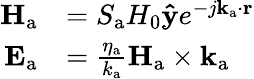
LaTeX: \begin{array}{rl}{\mathbf{H}_{\mathrm{a}}}&{=S_{\mathrm{a}}H_{0}\mathbf{\hat{y}}e^{-j\mathbf{k}_{\mathrm{a}}\cdot\mathbf{r}}}\\ {\mathbf{E}_{\mathrm{a}}}&{=\frac{\eta_{\mathrm{a}}}{k_{\mathrm{a}}}\mathbf{H}_{\mathrm{a}}\times\mathbf{k}_{\mathrm{a}}}\end{array}